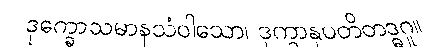
ဒုက္ခောသမာနသံဝါသော၊ ဒုက္ခာနုပတိတဒ္ဓဂူ။